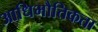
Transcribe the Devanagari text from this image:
आधिभौतिकता